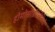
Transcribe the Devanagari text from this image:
होमोसीडीस्तिसिटी